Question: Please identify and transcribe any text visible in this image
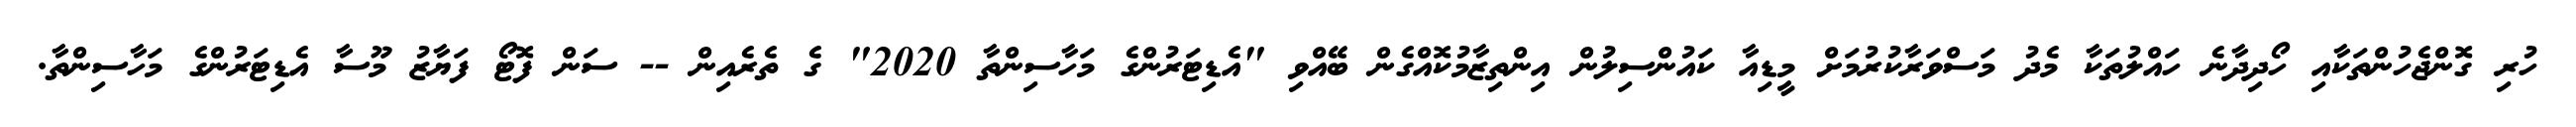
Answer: ހުރި ގޮންޖެހުންތަކާއި ހޯދިދާނެ ހައްލުތަކާ މެދު މަސްވަރާކުރުމަށް މީޑިއާ ކައުންސިލުން އިންތިޒާމުކޮއްގެން ބޭއްވި "އެޑިޓަރުންގެ މަހާސިންތާ 2020" ގެ ތެރެއިން -- ސަން ފޮޓޯ ފަޔާޒު މޫސާ އެޑިޓަރުންގެ މަހާސިންތާ.